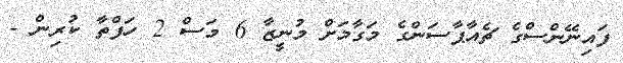
ފައިނޭންސްގެ ޗެއާޕާސަންގެ މަގާމަށް މުނީޒާ 6 މަސް 2 ހަފްތާ ކުރިން -